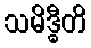
သမိဒ္ဓီတိ